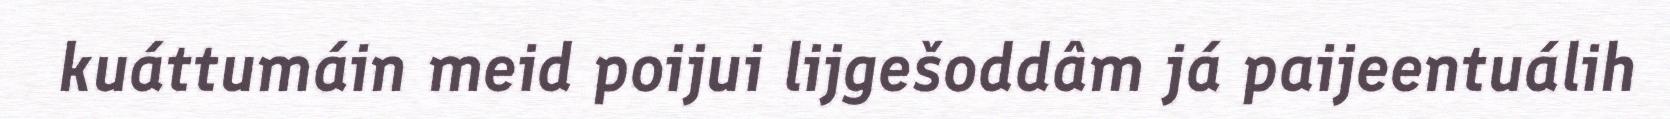
kuáttumáin meid poijui lijgešoddâm já paijeentuálih